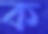
ক